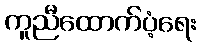
ကူညီထောက်ပံ့ရေး